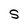
Character: S